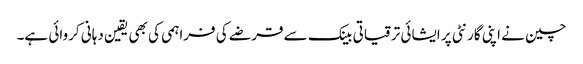
چین نے اپنی گارنٹی پر ایشائی ترقیاتی بینک سے قرضے کی فراہمی کی بھی یقین دہانی کروائی ہے۔